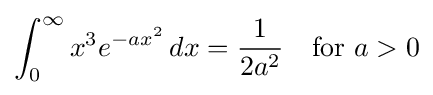
\int _{0}^{\infty }{x^{3}e^{-ax^{2}}\,dx}={\frac {1}{2a^{2}}}\quad {\text{for }}a>0